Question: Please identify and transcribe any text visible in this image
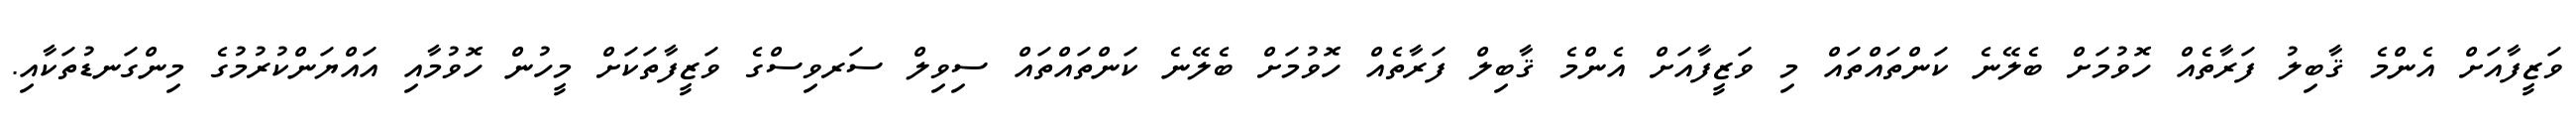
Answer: ވަޒީފާއަށް އެންމެ ޤާބިލު ފަރާތެއް ހޮވުމަށް ބެލޭނެ ކަންތައްތައް މި ވަޒީފާއަށް އެންމެ ޤާބިލް ފަރާތެއް ހޮވުމަށް ބެލޭނެ ކަންތައްތައް ސިވިލް ސަރވިސްގެ ވަޒީފާތަކަށް މީހުން ހޮވުމާއި އައްޔަންކުރުމުގެ މިންގަނޑުތަކާއި.